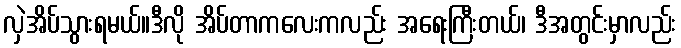
လှဲအိပ်သွားရမယ်။ဒီလို အိပ်တာကလေးကလည်း အရေးကြီးတယ်၊ ဒီအတွင်းမှာလည်း